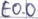
Text: E0.0